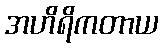
အဟိရိကတာယ